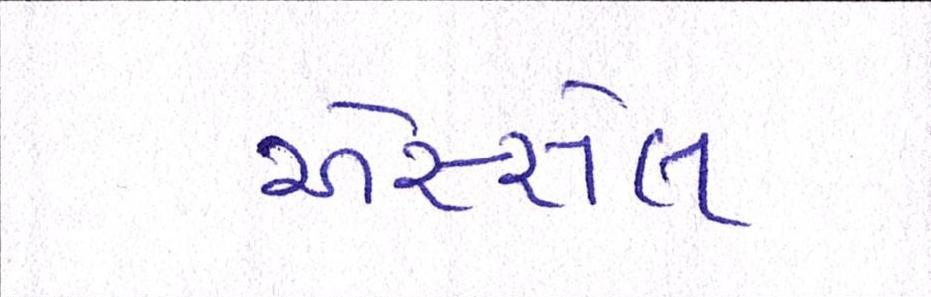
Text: એસ્સેલ